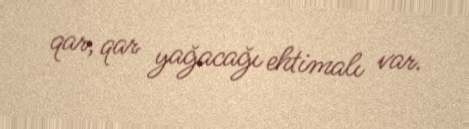
qar, qar yağacağı ehtimalı var.